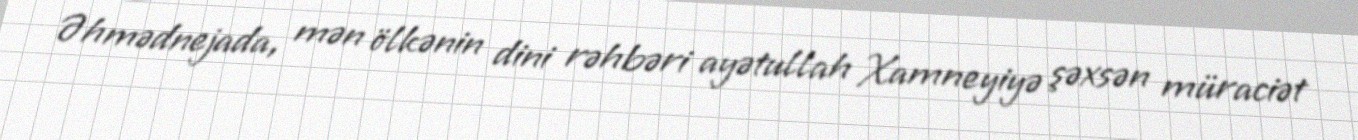
Əhmədnejada, mən ölkənin dini rəhbəri ayətullah Xamneyiyə şəxsən müraciət